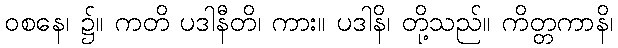
ဝစနေ၊ ၌။ ကတိ ပဒါနီတိ၊ ကား။ ပဒါနိ၊ တို့သည်။ ကိတ္တကာနိ၊